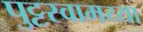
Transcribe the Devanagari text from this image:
पुट्टस्वामय्या